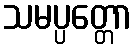
သမပ္ပတ္တော